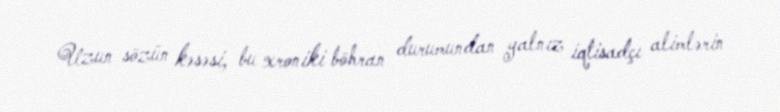
Uzun sözün kəsəsi, bu xroniki böhran durumundan yalnız iqtisadçı alimlərin